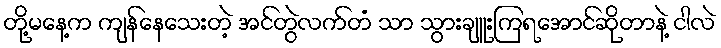
တို့မနေ့က ကျန်နေသေးတဲ့ အင်တွဲလက်တံ သာ သွားချူးကြရအောင်ဆိုတာနဲ့ ငါလဲ